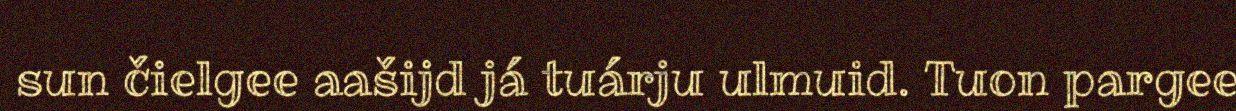
sun čielgee aašijd já tuárju ulmuid. Tuon pargee